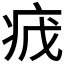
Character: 𬏡